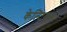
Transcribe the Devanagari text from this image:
केल्टिक्स